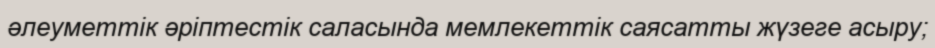
әлеуметтік әріптестік саласында мемлекеттік саясатты жүзеге асыру;